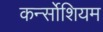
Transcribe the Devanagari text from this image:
कर्न्सोशियम